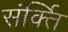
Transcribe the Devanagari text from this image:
संर्क्ति